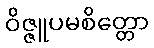
ဝိဇ္ဇူပမစိတ္တော